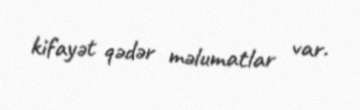
kifayət qədər məlumatlar var.